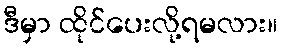
ဒီမှာ ထိုင်ပေးလို့ရမလား။